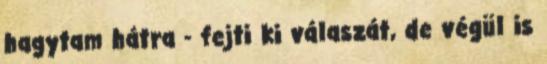
hagytam hátra - fejti ki válaszát, de végül is